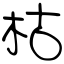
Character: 枯